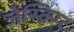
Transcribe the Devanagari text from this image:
जेस्क्रिप्ट